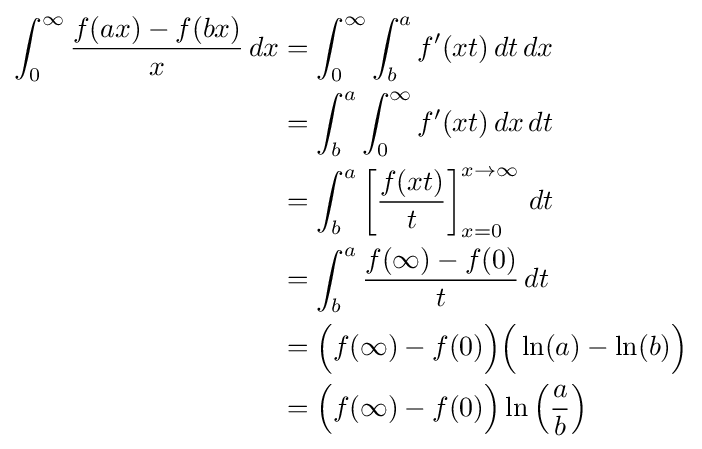
{\begin{aligned}\int _{0}^{\infty }{\frac {f(ax)-f(bx)}{x}}\,dx&=\int _{0}^{\infty }\int _{b}^{a}f'(xt)\,dt\,dx\\&=\int _{b}^{a}\int _{0}^{\infty }f'(xt)\,dx\,dt\\&=\int _{b}^{a}\left[{\frac {f(xt)}{t}}\right]_{x=0}^{x\to \infty }\,dt\\&=\int _{b}^{a}{\frac {f(\infty )-f(0)}{t}}\,dt\\&={\Big (}f(\infty )-f(0){\Big )}{\Big (}\ln(a)-\ln(b){\Big )}\\&={\Big (}f(\infty )-f(0){\Big )}\ln {\Big (}{\frac {a}{b}}{\Big )}\\\end{aligned}}